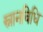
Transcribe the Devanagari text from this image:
स्नानविधि